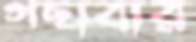
গছাবার